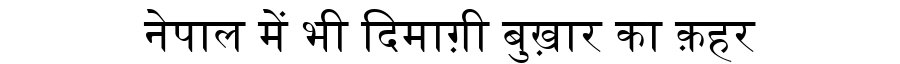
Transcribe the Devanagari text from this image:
नेपाल में भी दिमाग़ी बुख़ार का क़हर